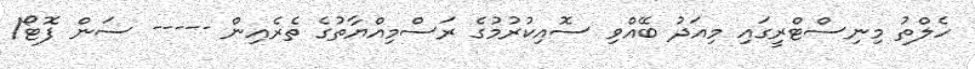
ހެލްތު މިނިސްޓްރީގައި މިއަދު ބޭއްވި ސޮއިކުރުމުގެ ރަސްމިއްޔާތުގެ ތެރެއިން ----- ސަން ފޮޓޯ/